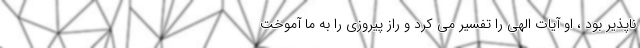
ناپذیر بود ، او آیات الهی را تفسیر می کرد و راز پیروزی را به ما آموخت